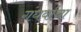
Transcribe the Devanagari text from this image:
गंधर्वाचा